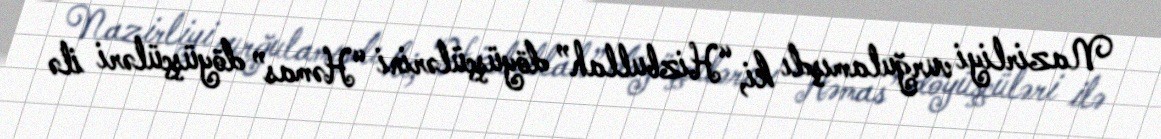
Nazirliyi vurğulamışdı ki, “Hizbullah” döyüşçülərini “Həmas” döyüşçüləri ilə